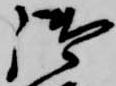
御